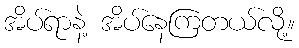
အိပ်ရာနဲ့ အိပ်နေကြတယ်လို့။